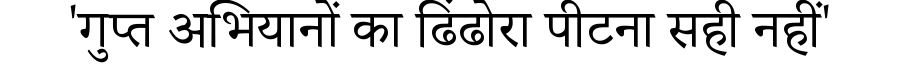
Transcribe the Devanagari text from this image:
'गुप्त अभियानों का ढिंढोरा पीटना सही नहीं'